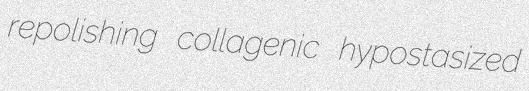
repolishing collagenic hypostasized